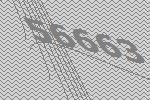
56663